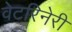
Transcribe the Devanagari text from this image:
वेटरिनेरी